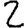
Digit: 2